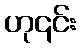
ဟု၎င်း